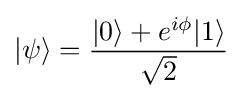
|\psi \rangle ={\frac {|0\rangle +e^{i\phi }|1\rangle }{\sqrt {2}}}